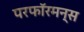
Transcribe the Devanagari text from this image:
परफॉरमन्स